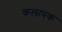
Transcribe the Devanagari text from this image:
कलापक